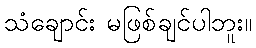
သံချောင်း မဖြစ်ချင်ပါဘူး။